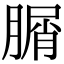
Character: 𦞚